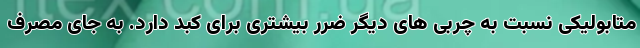
متابولیکی نسبت به چربی های دیگر ضرر بیشتری برای کبد دارد. به جای مصرف